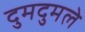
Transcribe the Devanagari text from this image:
दुमदुमले